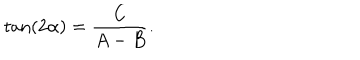
\tan ( 2 \alpha ) = { \frac { C } { A - B } } .